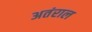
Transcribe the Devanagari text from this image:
अतंराल